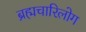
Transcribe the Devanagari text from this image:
ब्रह्मचारिलोग